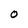
Character: O